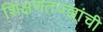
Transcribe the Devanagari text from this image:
शिक्षणतज्ज्ञांची